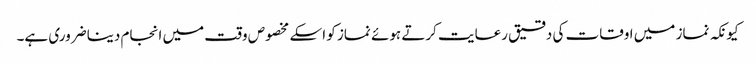
کیونکہ نماز میں اوقات کی دقیق رعایت کرتے ہوئے نماز کو اسکے مخصوص وقت میں انجام دینا ضروری ہے۔